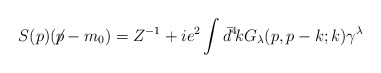
\begin{align*}S(p)(\!\not\!p-m_0) = Z^{-1}+ie^2\int\bar{d}^4\!k G_\lambda(p,p-k;k)\gamma^\lambda\end{align*}